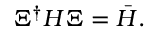
\Xi ^ { \dagger } H \Xi = { \bar { H } } .